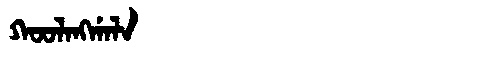
Manchu: ᡴᠣᠣᠯᠠᠩᡤᠠᠯᠠ
Romanization: KOOLANGGALA